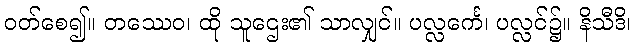
ဝတ်စေ၍။ တဿေဝ၊ ထို သူဌေး၏ သာလျှင်။ ပလ္လင်္ကေ၊ ပလ္လင်၌။ နိသီဒိ၊